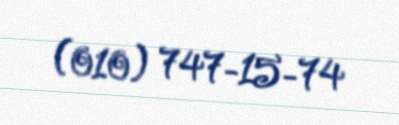
(010) 747-15-74